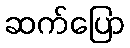
ဆက်ပြော